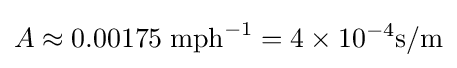
A\approx 0.00175\;\mathrm {mph} ^{-1}=4\times {}10^{-4}\mathrm {s/m}